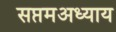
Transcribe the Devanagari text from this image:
सप्तमअध्याय